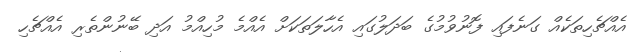
އެއްޗެހިތަކެއް ގަނެފައި ފޮނުވުމުގެ ބަދަލުގައި އެހާލަތަކަށް އެއްމެ މުހިއްމު އަދި ބޭނުންތެރި އެއްޗެހި